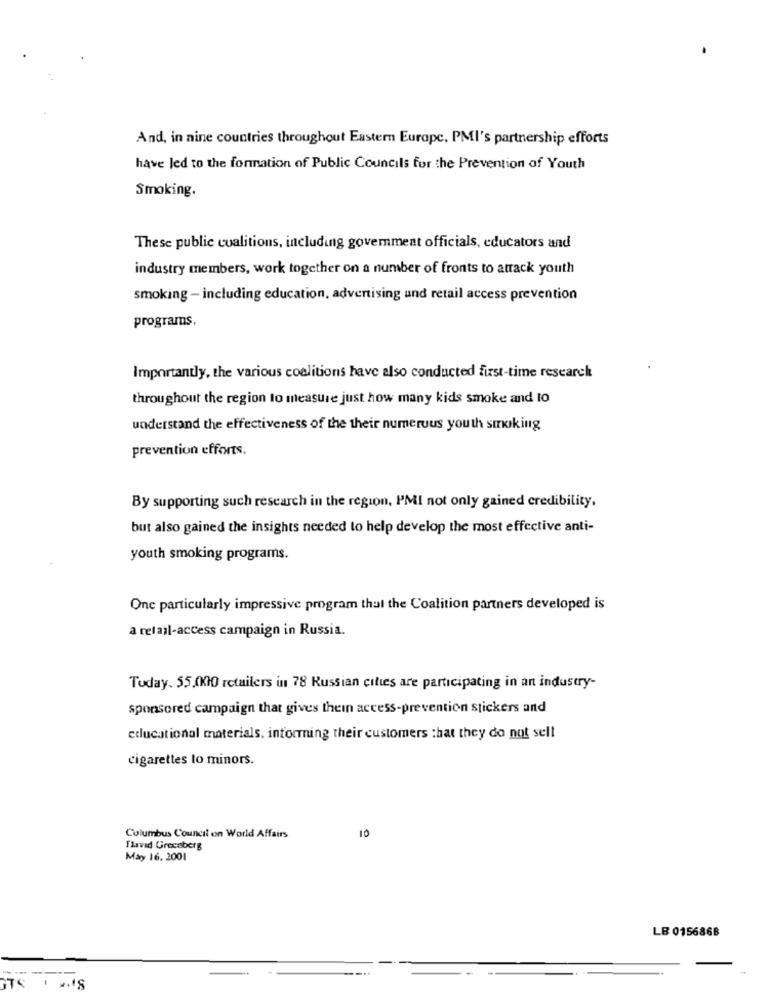
And, in nine countries throughout Eastern Europe, PMI's partnership efforts
have led to the formation of Public Councils for the Prevention of Youth
Smoking.
These public coalitions, including government officials, educators and
industry members, work together on a number of fronts to atrack youth
smoking - including education, advertising und retail access prevention
programs,
Importantly, the various coalitions have also conducted first-time research
throughout the region to measure just how many kids smoke and to
understand the effectiveness of the their numerous youth smoking
prevention efforts.
By supporting such research in the region, PMI not only gained credibility.
but also gained the insights needed to help develop the most effective anti-
youth smoking programs.
One particularly impressive program that the Coalition partners developed is
a retail-access campaign in Russia.
Today. 55.(KIO retailers in 78 Russian cities are participating in an industry-
sponsored campaign that gives thein access-prevention stickers and
educational materials, informing their customers that they do not sell
cigarettes to minors.
10
Columbus Council on World Affairs
Tlavid Grecoberg
May 16. 2001
LB 0156868